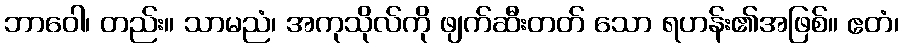
ဘာဝေါ၊ တည်း။ သာမညံ၊ အကုသိုလ်ကို ဖျက်ဆီးတတ် သော ရဟန်း၏အဖြစ်။ ဧတံ၊